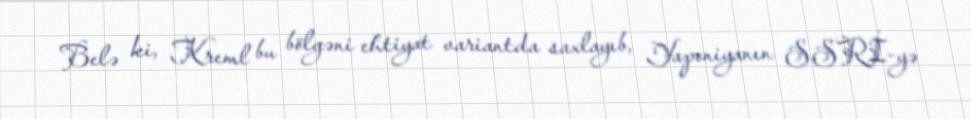
Belə ki, Kreml bu bölgəni ehtiyat variantda saxlayıb, Yaponiyanın SSRİ-yə